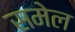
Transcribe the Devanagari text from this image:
समेल